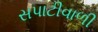
સપાટીવાળી